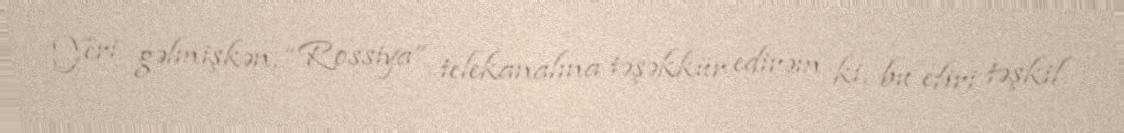
Yeri gəlmişkən, “Rossiya” telekanalına təşəkkür edirəm ki, bu efiri təşkil